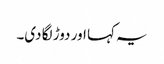
یہ کہا اور دوڑ لگا دی۔